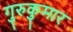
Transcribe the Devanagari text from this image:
गुरुकुमार